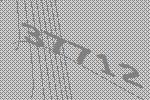
37712